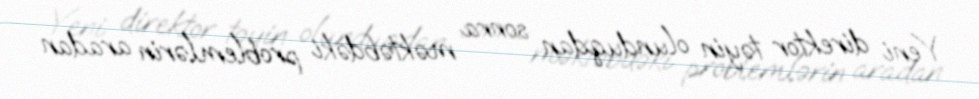
Yeni direktor təyin olunduqdan sonra məktəbdəki problemlərin aradan